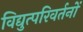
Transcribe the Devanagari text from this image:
विद्युत्परिवर्तनों